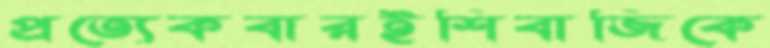
প্রত্যেকবারইশিবাজিকে